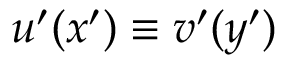
u ^ { \prime } ( x ^ { \prime } ) \equiv v ^ { \prime } ( y ^ { \prime } )